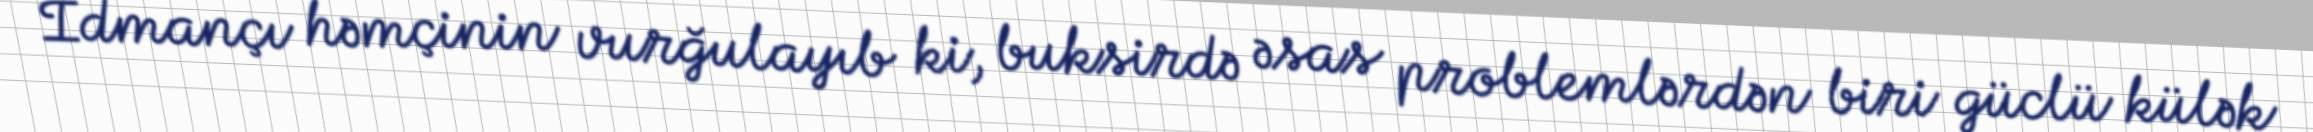
İdmançı həmçinin vurğulayıb ki, buksirdə əsas problemlərdən biri güclü külək